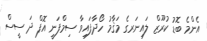
އެންމެ ބޮޑު ކުރޫޒް ލައިނަރގެ މަޤާމު ހޯދާފައިވާ ސިމްފަނީ އޮފް ދަ ސީސް